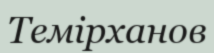
Темірханов